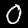
Label: 0